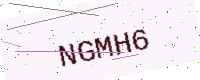
Text: NGMH6